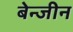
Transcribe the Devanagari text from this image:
बेन्जीन